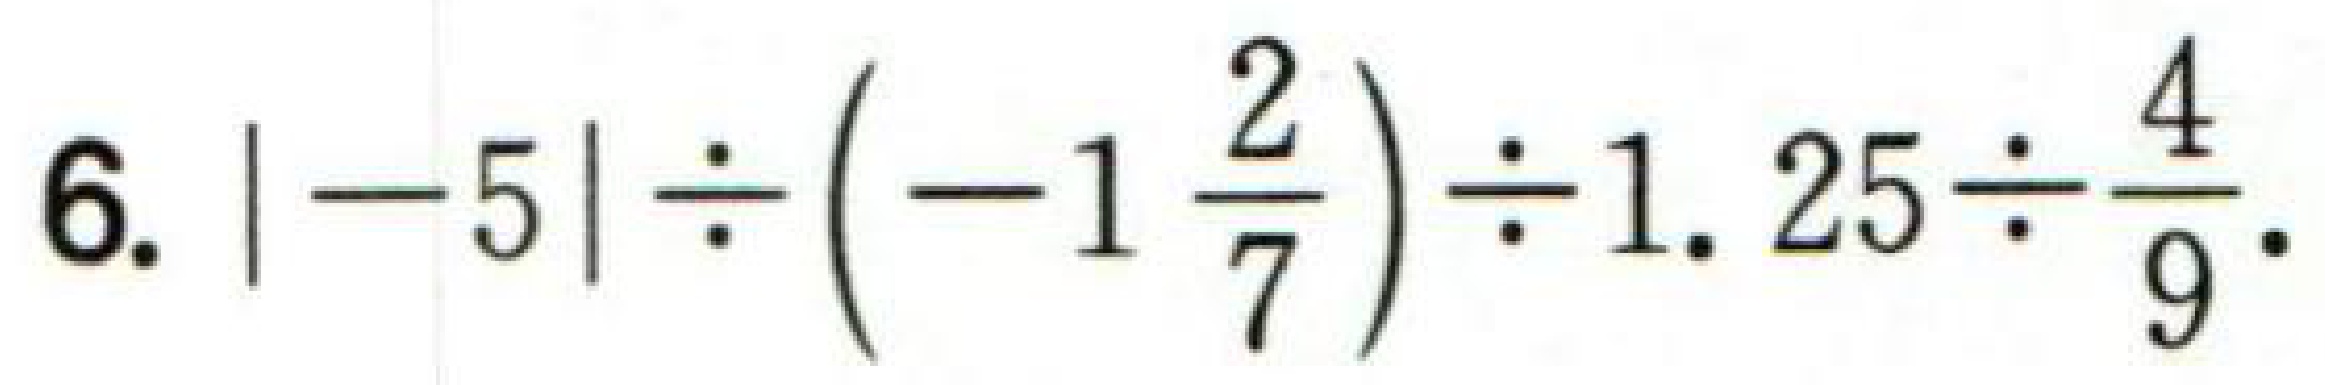
$6. \vert -5\vert \div \left(-1\frac{2}{7}\right)\div 1.25\div \frac{4}{9}.$